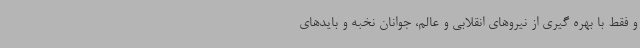
و فقط با بهره گیری از نیروهای انقلابی و عالم، جوانان نخبه و بایدهای